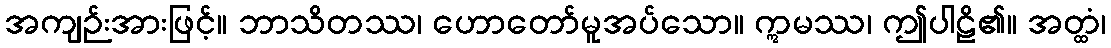
အကျဉ်းအားဖြင့်။ ဘာသိတဿ၊ ဟောတော်မူအပ်သော။ ဣမဿ၊ ဤပါဠိ၏။ အတ္ထံ၊